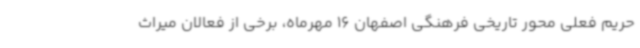
حریم فعلی محور تاریخی فرهنگی اصفهان 16 مهرماه، برخی از فعالان میراث